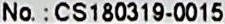
NO.: CS180319-0015